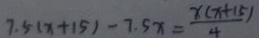
7 . 5 ( x + 1 5 ) - 7 . 5 x = \frac { x ( x + 1 5 ) } { 4 }